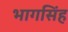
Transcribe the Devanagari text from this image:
भागसिंह